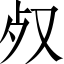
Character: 𣦼